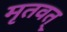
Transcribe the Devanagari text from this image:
मृतवत्